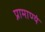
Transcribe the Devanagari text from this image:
प्रामाण्यं